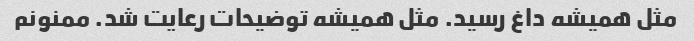
مثل همیشه داغ رسید. مثل همیشه توضیحات رعایت شد. ممنونم